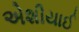
એશીયાઈ